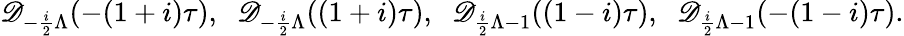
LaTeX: \mathscr{D}_{-\frac{{i}}{{2}}\Lambda}(-(1+i)\tau),\; \; \mathscr{D}_{-\frac{{i}}{{2}}\Lambda}((1+i)\tau),\; \; \mathscr{D}_{\frac{{i}}{{2}}\Lambda-1}((1-i)\tau),\; \; \mathscr{D}_{\frac{{i}}{{2}}\Lambda-1}(-(1-i)\tau).